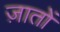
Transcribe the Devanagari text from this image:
ज़ातों